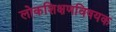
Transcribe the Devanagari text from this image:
लोकशिक्षणविषयक